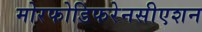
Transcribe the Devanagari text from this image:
मोरफोडिफरेनसीएशन